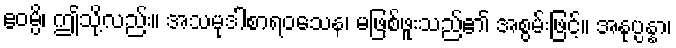
ဧဝမ္ပိ၊ ဤသို့လည်း။ အသမုဒါစာရဝသေန၊ မဖြစ်ဖူးသည်၏ အစွမ်းဖြင့်။ အနုပ္ပန္နာ၊